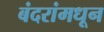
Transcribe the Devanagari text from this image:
बंदरांमधून